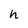
Character: h